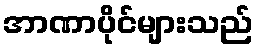
အာဏာပိုင်များသည်